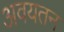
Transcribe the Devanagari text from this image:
अवयतन